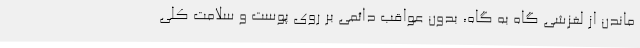
ماندن از لغزشی گاه به گاه، بدون عواقب دائمی بر روی پوست و سلامت کلی